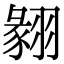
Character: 𦑙